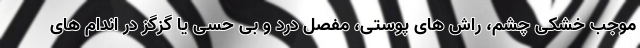
موجب خشکی چشم، راش های پوستی، مفصل درد و بی حسی یا گزگز در اندام های